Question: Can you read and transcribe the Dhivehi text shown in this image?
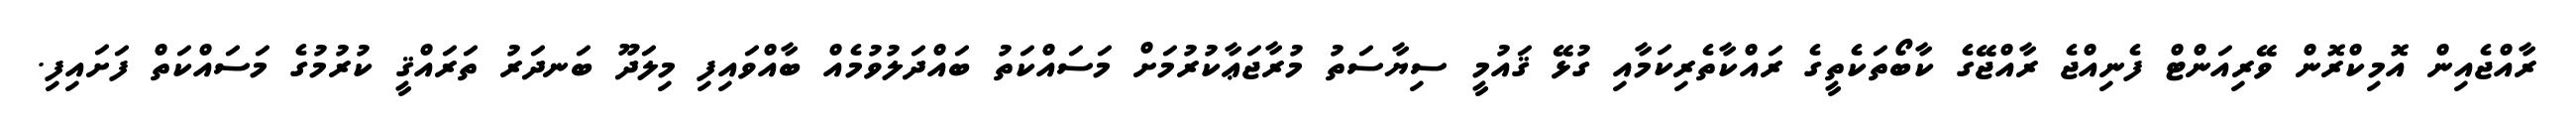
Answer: ރާއްޖެއިން އޮމިކްރޮން ވޭރިއަންޓް ފެނިއްޖެ ރާއްޖޭގެ ކާބޯތަކެތީގެ ރައްކާތެރިކަމާއި ގުޅޭ ޤައުމީ ސިޔާސަތު މުރާޖަޢާކުރުމަށް މަސައްކަތު ބައްދަލުވުމެއް ބާއްވައިފި މިލަދޫ ބަނދަރު ތަރައްޤީ ކުރުމުގެ މަސައްކަތް ފަށައިފި.